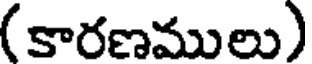
(కారణములు)